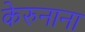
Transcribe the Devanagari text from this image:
केरुनाना